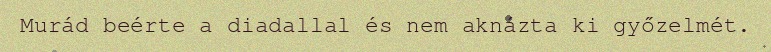
Murád beérte a diadallal és nem aknázta ki győzelmét.